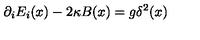
\partial _ { i } E _ { i } ( x ) - 2 \kappa B ( x ) = g \delta ^ { 2 } ( x )